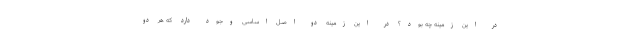
در این زمینه چه بود؟ در این زمینه دو اصل اساسی وجود دارد که هر دو